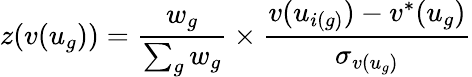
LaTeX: z(v(u_{g}))=\frac{w_{g}}{\sum_{g}w_{g}}\times\frac{v(u_{i(g)})-v^{*}(u_{g})}{\sigma_{v(u_{g})}}